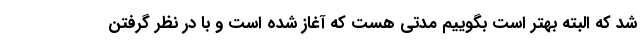
شد که البته بهتر است بگوییم مدتی هست که آغاز شده است و با در نظر گرفتن